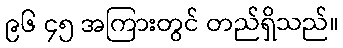
၉၆ ၄၅ အကြားတွင် တည်ရှိသည်။